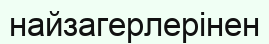
найзагерлерінен